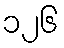
၁၂၆